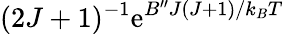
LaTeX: (2J+1)^{-1}\mathrm{e}^{B^{\prime\prime}J(J+1)/k_{B}T}